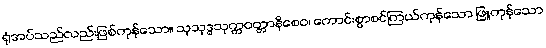
ရုံအပ်သည်လည်းဖြစ်ကုန်သော။ သုသုဒ္ဓသုက္ကဝတ္တာနိစေဝ၊ ကောင်းစွာစင်ကြယ်ကုန်သော ဖြူကုန်သော